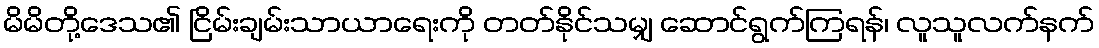
မိမိတို့ဒေသ၏ ငြိမ်းချမ်းသာယာရေးကို တတ်နိုင်သမျှ ဆောင်ရွက်ကြရန်၊ လူသူလက်နက်